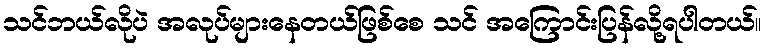
သင်ဘယ်လိုပဲ အလုပ်များနေတယ်ဖြစ်စေ သင် အကြောင်းပြန်လို့ရပါတယ်။